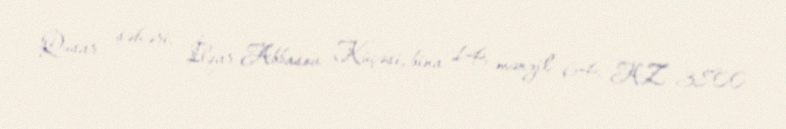
Qusar şəhəri, İlqar Abbasov Küçəsi, bina 14, mənzil 64, AZ 3800